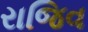
રાજિવ